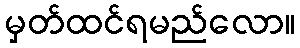
မှတ်ထင်ရမည်လော။